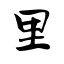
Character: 里